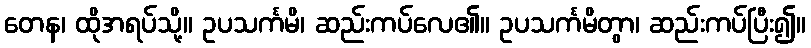
တေန၊ ထိုအရပ်သို့။ ဥပသင်္ကမိ၊ ဆည်းကပ်လေ၏။ ဥပသင်္ကမိတွာ၊ ဆည်းကပ်ပြီး၍။